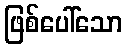
ဖြစ်ပေါ်သော